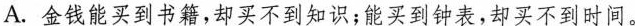
A. 金钱能买到书籍，却买不到知识；能买到钟表，却买不到时间。